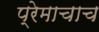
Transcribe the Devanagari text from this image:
प्रेमाचाच